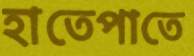
হাতেপাতে